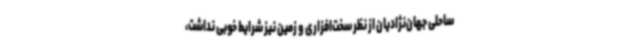
ساحلی جهان‌نژادیان از نظر سخت‌افزاری و زمین نیز شرایط خوبی نداشت،